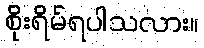
စိုးရိမ်ရပါသလား။